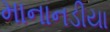
માનાનડીયા